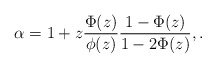
\begin{align*}\alpha=1+z\frac{\Phi(z)}{\phi(z)} \frac{1-\Phi(z)}{1-2\Phi(z)},.\end{align*}